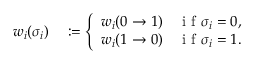
\begin{array} { r l } { w _ { i } ( \sigma _ { i } ) } & { { } : = \left\{ \begin{array} { l l } { w _ { i } ( 0 \to 1 ) \quad \mathrm { ~ i ~ f ~ } \sigma _ { i } = 0 , } \\ { w _ { i } ( 1 \to 0 ) \quad \mathrm { ~ i ~ f ~ } \sigma _ { i } = 1 . } \end{array} \right. } \end{array}